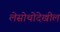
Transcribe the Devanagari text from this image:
लेसोथोदेखील